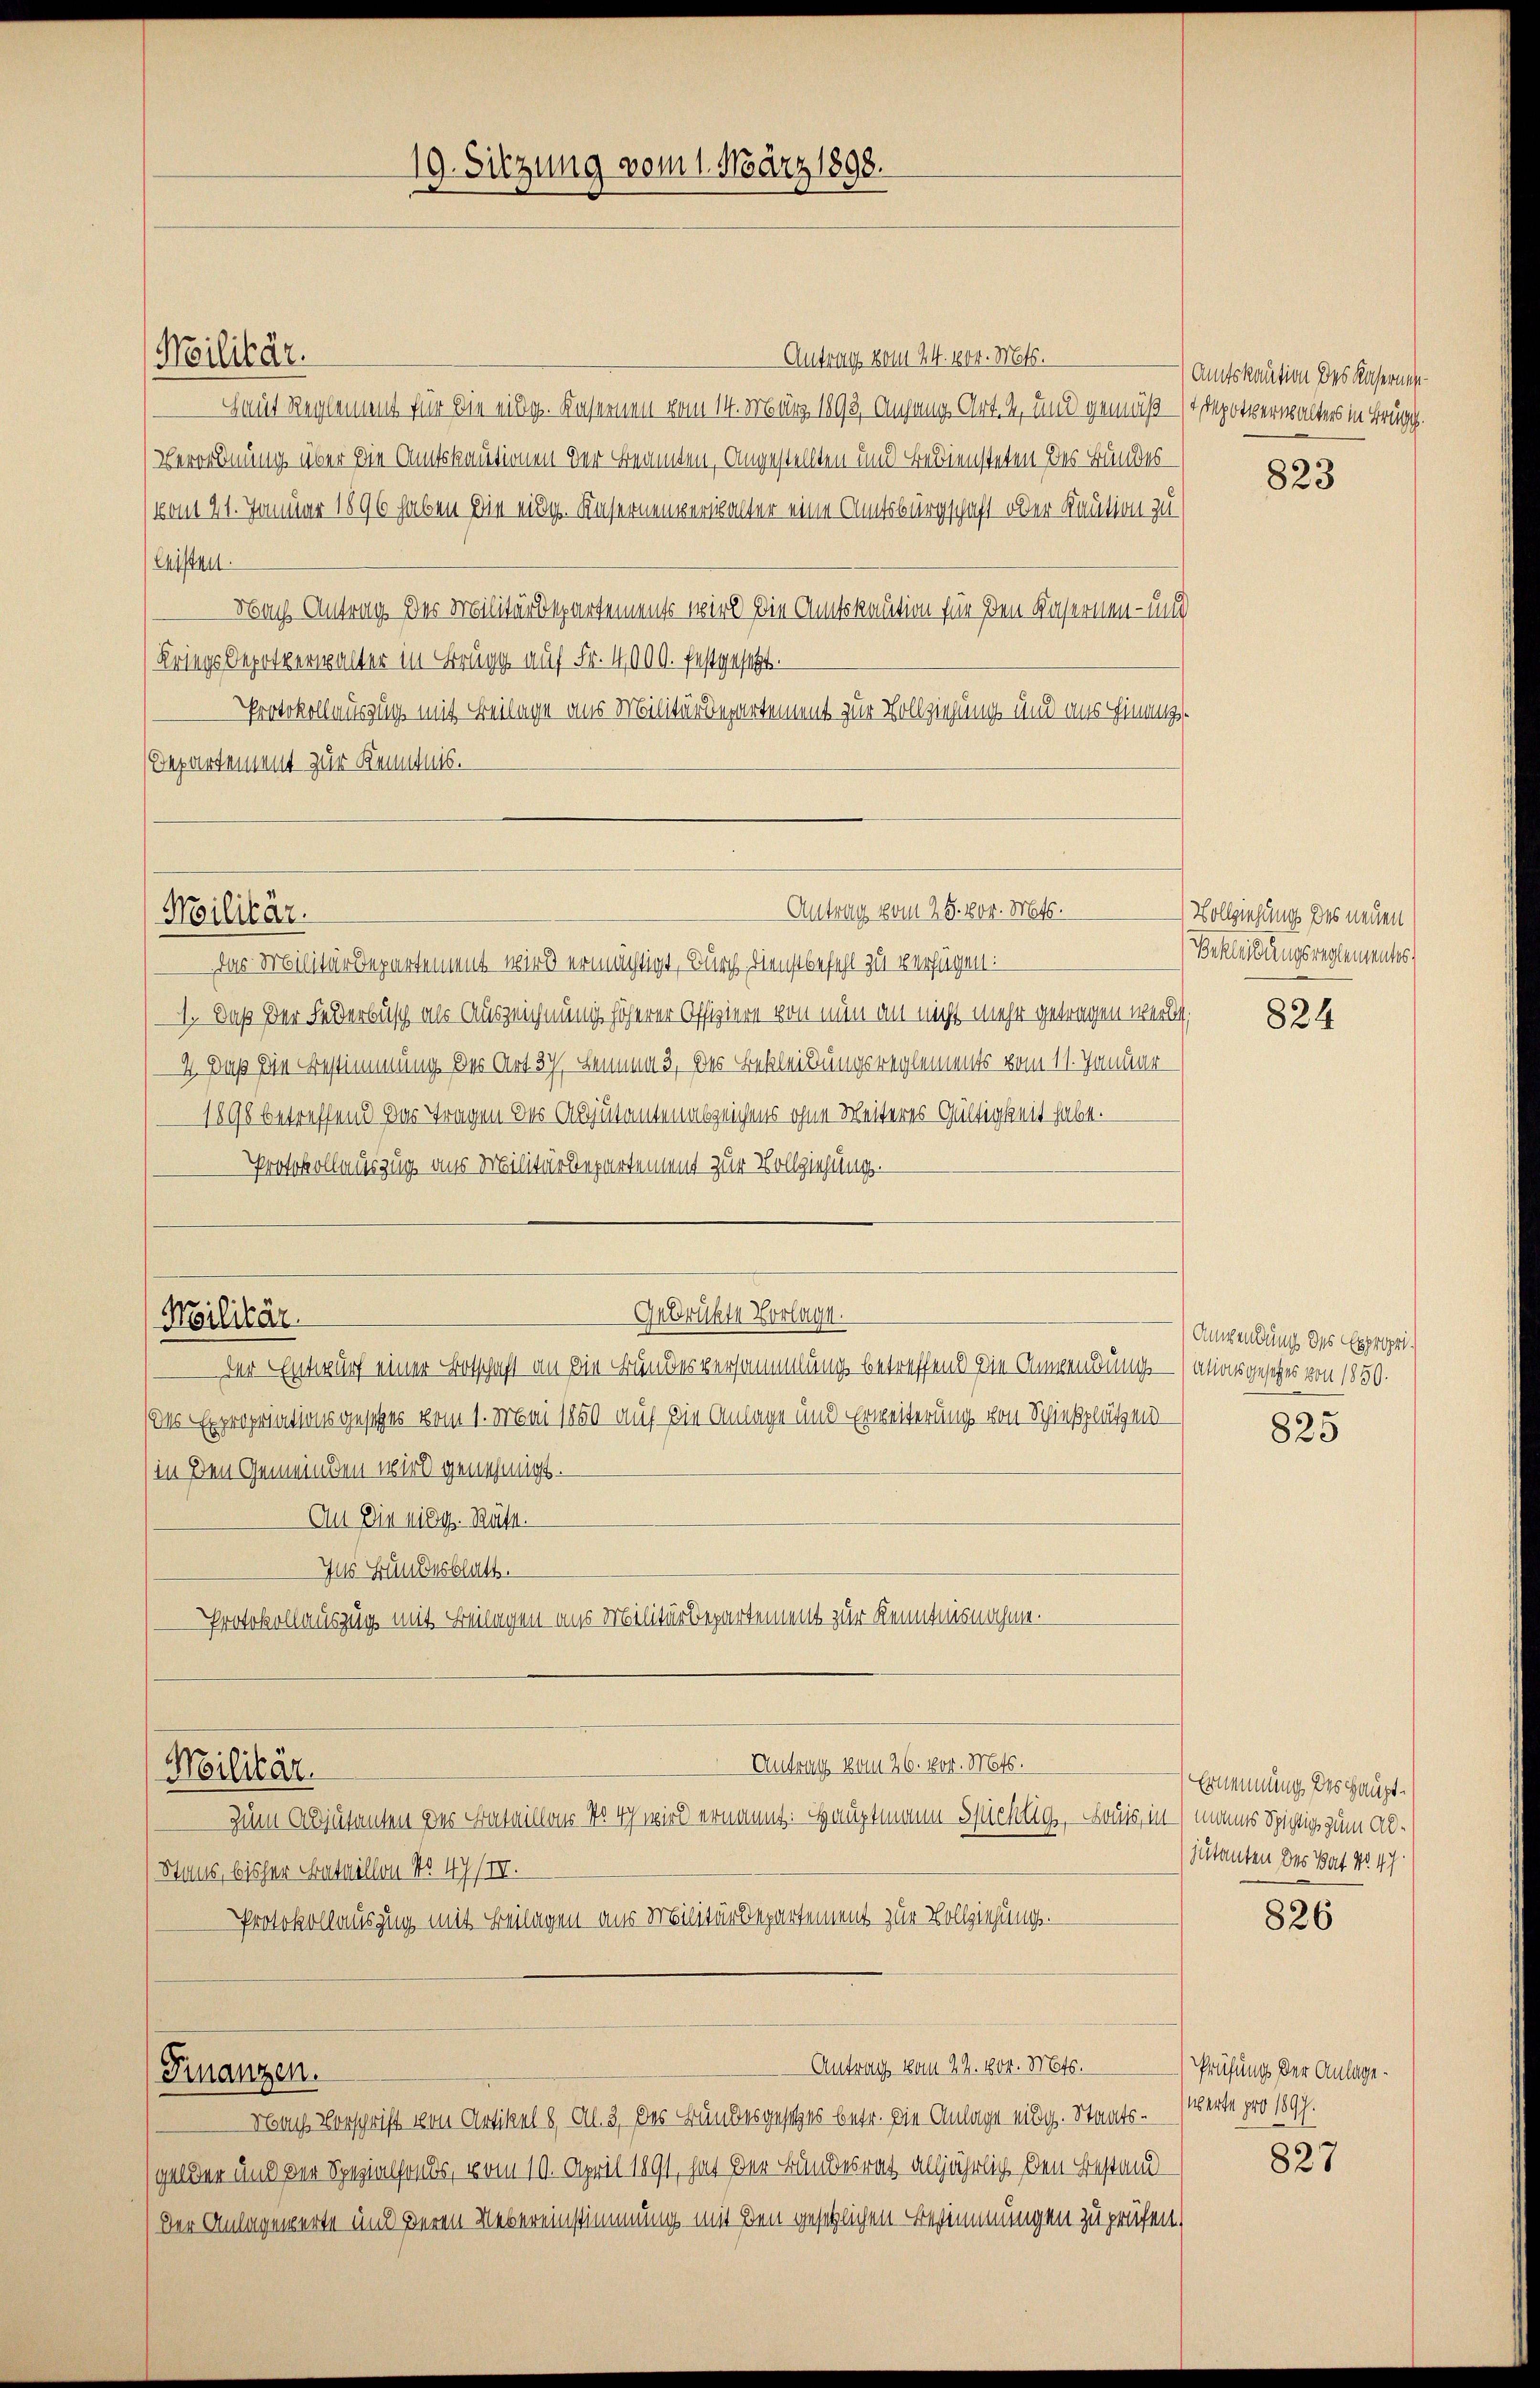
Militär.

Antrag vom 24. 1804. Matt.
Smit Reglement für die eidg. Kasernen vom 14. März 1893, Anhang Art. 2, und gemäß – so depotverwalters in Brugg.
Verordnung über die Amtskautionen der Beamten, Angestellten und Bediensteten des Bundes
vom 21. Januar 1896 haben die eidg. Unsernenverwalter eine Amtsbürgschaft oder Kaution zu
Existen.
Nach Antrag der Militärdepartements wird die Amtskaution für den Kasernen- und
Kriegs Depotverwalter in Brugg auf Fr. 4000. festgesetzt.
Protokollauszug mit Beilage aus Militärdepartement zur Vollziehung und uns hinanz¬
Departement zur Kenntnis.
 Das Militärdepartement wird ermächtigt, durch Dienstbefehl zu verfügen:
1. Daß der Federbusch als Auszeichnung höherer Offiziere von nun an nicht mehr getragen werde;
2 Daß die Bestimmung des Art 3ch Lemma 3 des Bekleidungsreglements vom 11. Januar
1898 betreffend das Tragen der Adjutantenabzeichens ohne Weiteres Gültigkeit habe.
Protokollauszug aus Militärdepartement zur Vollziehung.
Gebrückte Vorlage.
Der Entwurf einer Botschaft an die Bundesversammlung betreffend die Anwendung. — (atos gesehes von 1850.
(des Expropriationsgesetzes vom 1. Mai 1850 auf die Anlage und Erweiterung von Schießplätzen
in den Gemeinden wird genehmigt.
An Die eidg. Räte.
Ins Bundesblatt.
Protokollauszug mit Beilagen aus Militärdepartement zur Kenntnisnahme.
 Antrag vom 26. vor. Mts.
Militär.
Zum Adjutanten des Bataillons St. Ich wird ernannt: Hauptmann sichtig, Bonis, in manns Spichtig zum Ab¬
Stans, bisher Bataillon No 47/II.
Protokollauszug mit Beilagen aus Militärdepartement zur Vollziehungs-
Antrag vom 22. 1800. Mts.
Finanzen.
Nach Vorschrift von Artikel 8 Al. 3 des Bundesgesetzes betr. die Anlage eidg. Staats-Verte pro 1897.
gelder und der Spezialfonds, vom 10. April 1891, hat der Bundesrath alljährlich den Bestand
Der Anlagenerte und deren Uebereinstimmung mit den gesetzlichen Bestimmungen zu prüfen,

Militär.

Militär.

19. Sitzung vom 1. März 1898.

Antrag vom 25. vor. Mts.

Amtskaution des Kasernen¬

823

Vollziehung des neuen
Bekleidungsreglementes

824

Anwendung des Expropri

825

Ernennung des Hauptjutanten des Pat No. 47

826

Prüfung der Anlage¬

827